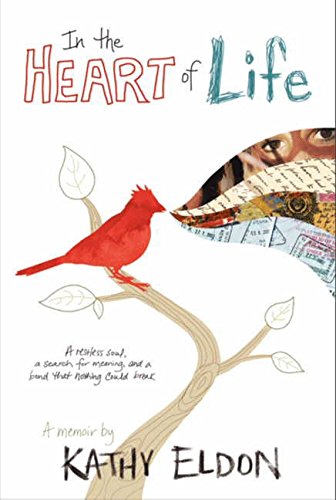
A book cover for In the Heart of Life: A Memoir; Kathy Eldon; Biographies & Memoirs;